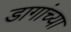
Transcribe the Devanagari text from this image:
डागांच्या